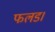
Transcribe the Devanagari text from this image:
फलड।